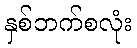
နှစ်ဘက်စလုံး